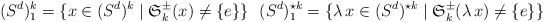
LaTeX: \begin{align*} (S^d)^k_1=\{x\in (S^d)^k\mid \mathfrak{S}_k^\pm(x) \neq \{e\}\} \,\, \,\, (S^d)^{\star k}_1=\{\lambda\,x \in (S^d)^{\star k}\mid \mathfrak{S}_k^\pm(\lambda\,x) \neq \{e\}\} \end{align*}